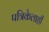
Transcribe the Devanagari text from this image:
पत्रिकेलाही